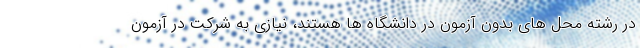
در رشته محل های بدون آزمون در دانشگاه ها هستند، نیازی به شرکت در آزمون